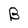
Character: B